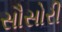
સૌસોરી